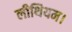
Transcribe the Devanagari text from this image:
लीथियम।